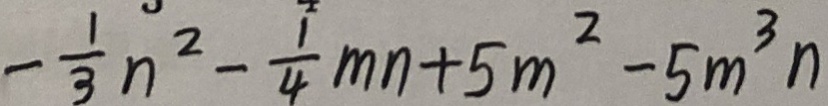
- \frac { 1 } { 3 } n ^ { 2 } - \frac { 1 } { 4 } m n + 5 m ^ { 2 } - 5 m ^ { 3 } n